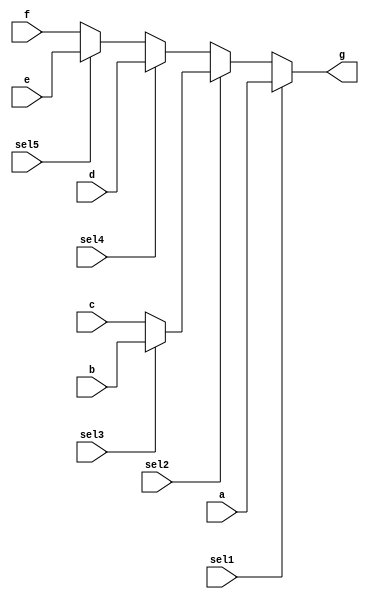
`timescale 1 ns/1 ns

module EX_203_beh_test_mux_2(a, b, c, d, e, f,g, sel1, sel2, sel3 , sel4 , sel5 );
input	[3:0]	a, b, c, d, e , f;
input		sel1, sel2, sel3 ,sel4 ,sel5;
output	[3:0]	g;
reg	[3:0]	g;

always@(*)
begin
	if (sel1)
	  g = a;
	else if (sel2)
	       if(sel3)
				g=b;
		   else
				g=c;
	     else if (sel4)
	            g=d;
	          else
	            if(sel5)
					g=e;
				else
					g=f;
end
endmodule